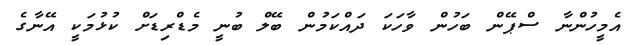
އެމީހުންނާ ސްޕޭން ބަހުން ވާހަކަ ދައްކަމުން ބޭލް ބުނީ މެޑްރިޑަށް ކުޅުމަކީ އޭނާގެ